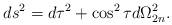
LaTeX: \begin{align*}ds^2 = d\tau^2 + \cos^2 \tau d\Omega_{2 n}^2.\end{align*}